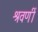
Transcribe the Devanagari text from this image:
श्रवणीं